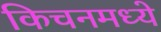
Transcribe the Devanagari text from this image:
किचनमध्ये